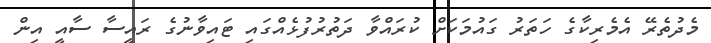
މެދުތެރޭ އެމެރިކާގެ ހަތަރު ގައުމަކަށް ކުރައްވާ ދަތުރުފުޅެއްގައި ޓައިވާނުގެ ރައީސާ ސާއީ އިން